Triennial report on the lunatic asylums in the province of Eastern Bengal and Assam - 1903-1911
Year: 1903
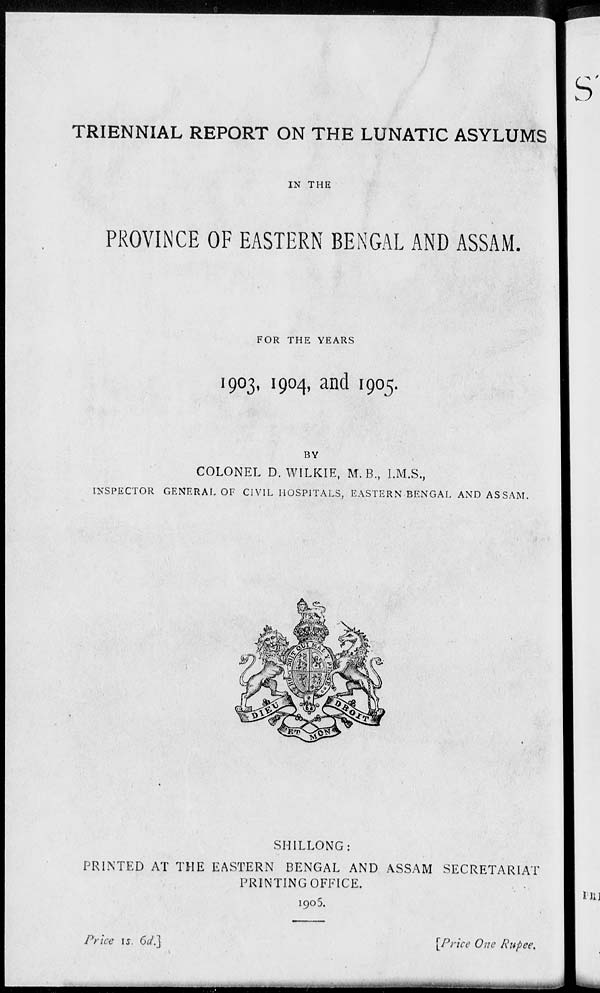
TRIENNIAL REPORT ON THE LUNATIC ASYLUMS
IN THE
PROVINCE OF EASTERN BENGAL AND ASSAM.
FOR THE YEARS
1903, 1904, and 1905.
BY
COLONEL D. WILKIE, M. B., I.M.S.,
INSPECTOR GENERAL OF CIVIL HOSPITALS, EASTERN-BENGAL AND ASSAM.
SHILLONG:
PRINTED AT THE EASTERN BENGAL AND ASSAM SECRETARIAT
PRINTING OFFICE.
1905.
Price
1s.
6d.]
[Price One Rupee.